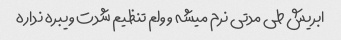
ابریش طی مدتی نرم میشه و ولم تنظیم شدت ویبره نداره